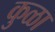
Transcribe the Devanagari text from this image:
कुळा